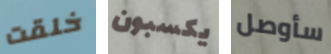
خلقت يكسبون سأوصل